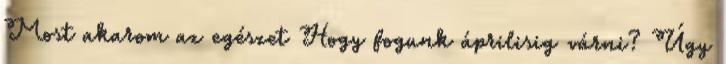
Most akarom az egészet Hogy fogunk áprilisig várni? Úgy